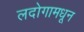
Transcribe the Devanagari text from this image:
लदोगामधून